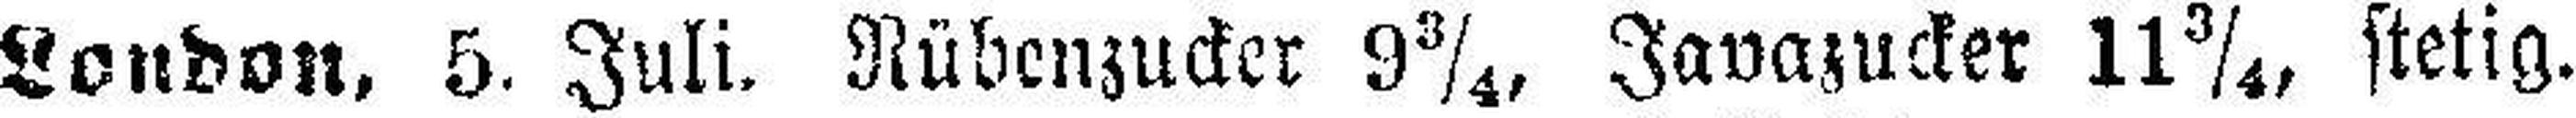
London, 5. Juli. Rübenzucker 9¾, Javazucker 11¾, stetig.